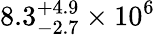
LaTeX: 8.3_{-2.7}^{+4.9}\times 10^{6}